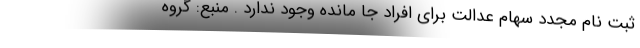
ثبت نام مجدد سهام عدالت برای افراد جا مانده وجود ندارد . منبع: گروه